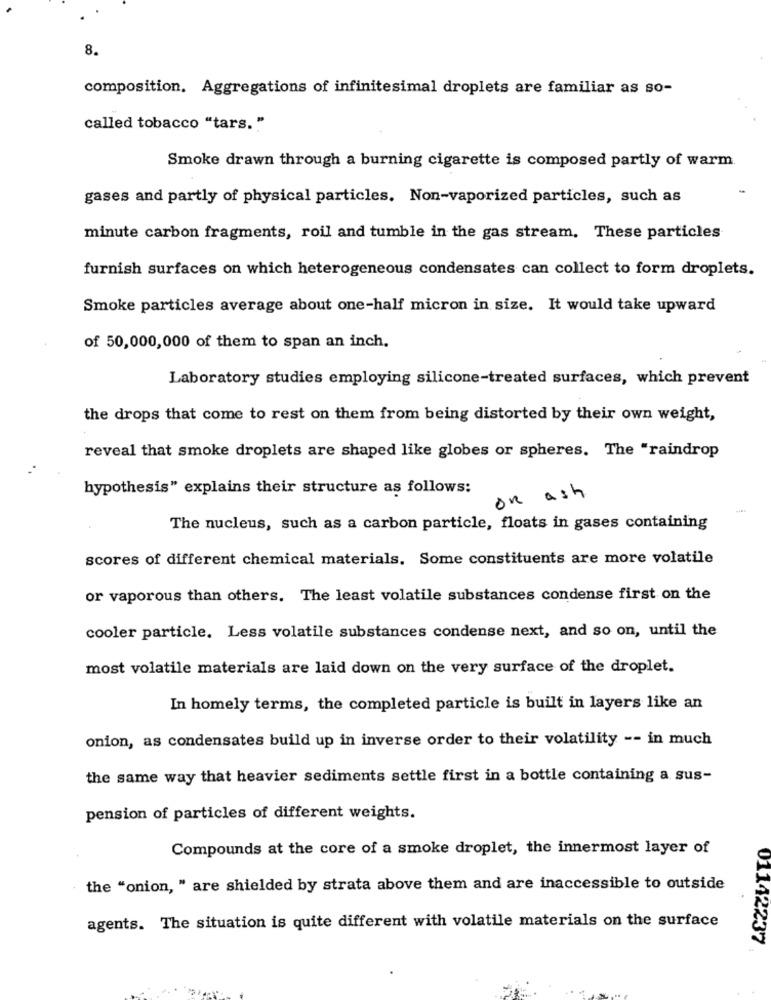
8.
composition. Aggregations of infinitesimal droplets are familiar as so-
called tobacco "tars."
Smoke drawn through a burning cigarette is composed partly of warm.
gases and partly of physical particles. Non-vaporized particles, such as
minute carbon fragments, roil and tumble in the gas stream, These particles
furnish surfaces on which heterogeneous condensates can collect to form droplets.
Smoke particles average about one-half micron in size. It would take upward
of 50,000,000 of them to span an inch.
Laboratory studies employing silicone-treated surfaces, which prevent
the drops that come to rest on them from being distorted by their own weight,
reveal that smoke droplets are shaped like globes or spheres. The "raindrop
hypothesis" explains their structure as follows:
on ash
The nucleus, such as a carbon particle, floats in gases containing
scores of different chemical materials. Some constituents are more volatile
or vaporous than others. The least volatile substances condense first on the
cooler particle. Less volatile substances condense next, and so on, until the
most volatile materials are laid down on the very surface of the droplet.
In homely terms, the completed particle is built in layers like an
onion, as condensates build up in inverse order to their volatility -- in much
the same way that heavier sediments settle first in a bottle containing a sus-
pension of particles of different weights.
Compounds at the core of a smoke droplet, the innermost layer of
the "onion, " are shielded by strata above them and are inaccessible to outside
agents. The situation is quite different with volatile materials on the surface
01142237 .